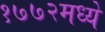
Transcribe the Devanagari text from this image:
१७७२मध्ये